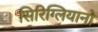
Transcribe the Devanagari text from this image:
सिरिग्लियानो